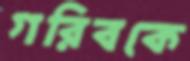
গরিবকে